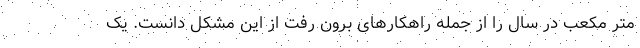
متر مکعب در سال را از جمله راهکارهای برون رفت از این مشکل دانست. یک